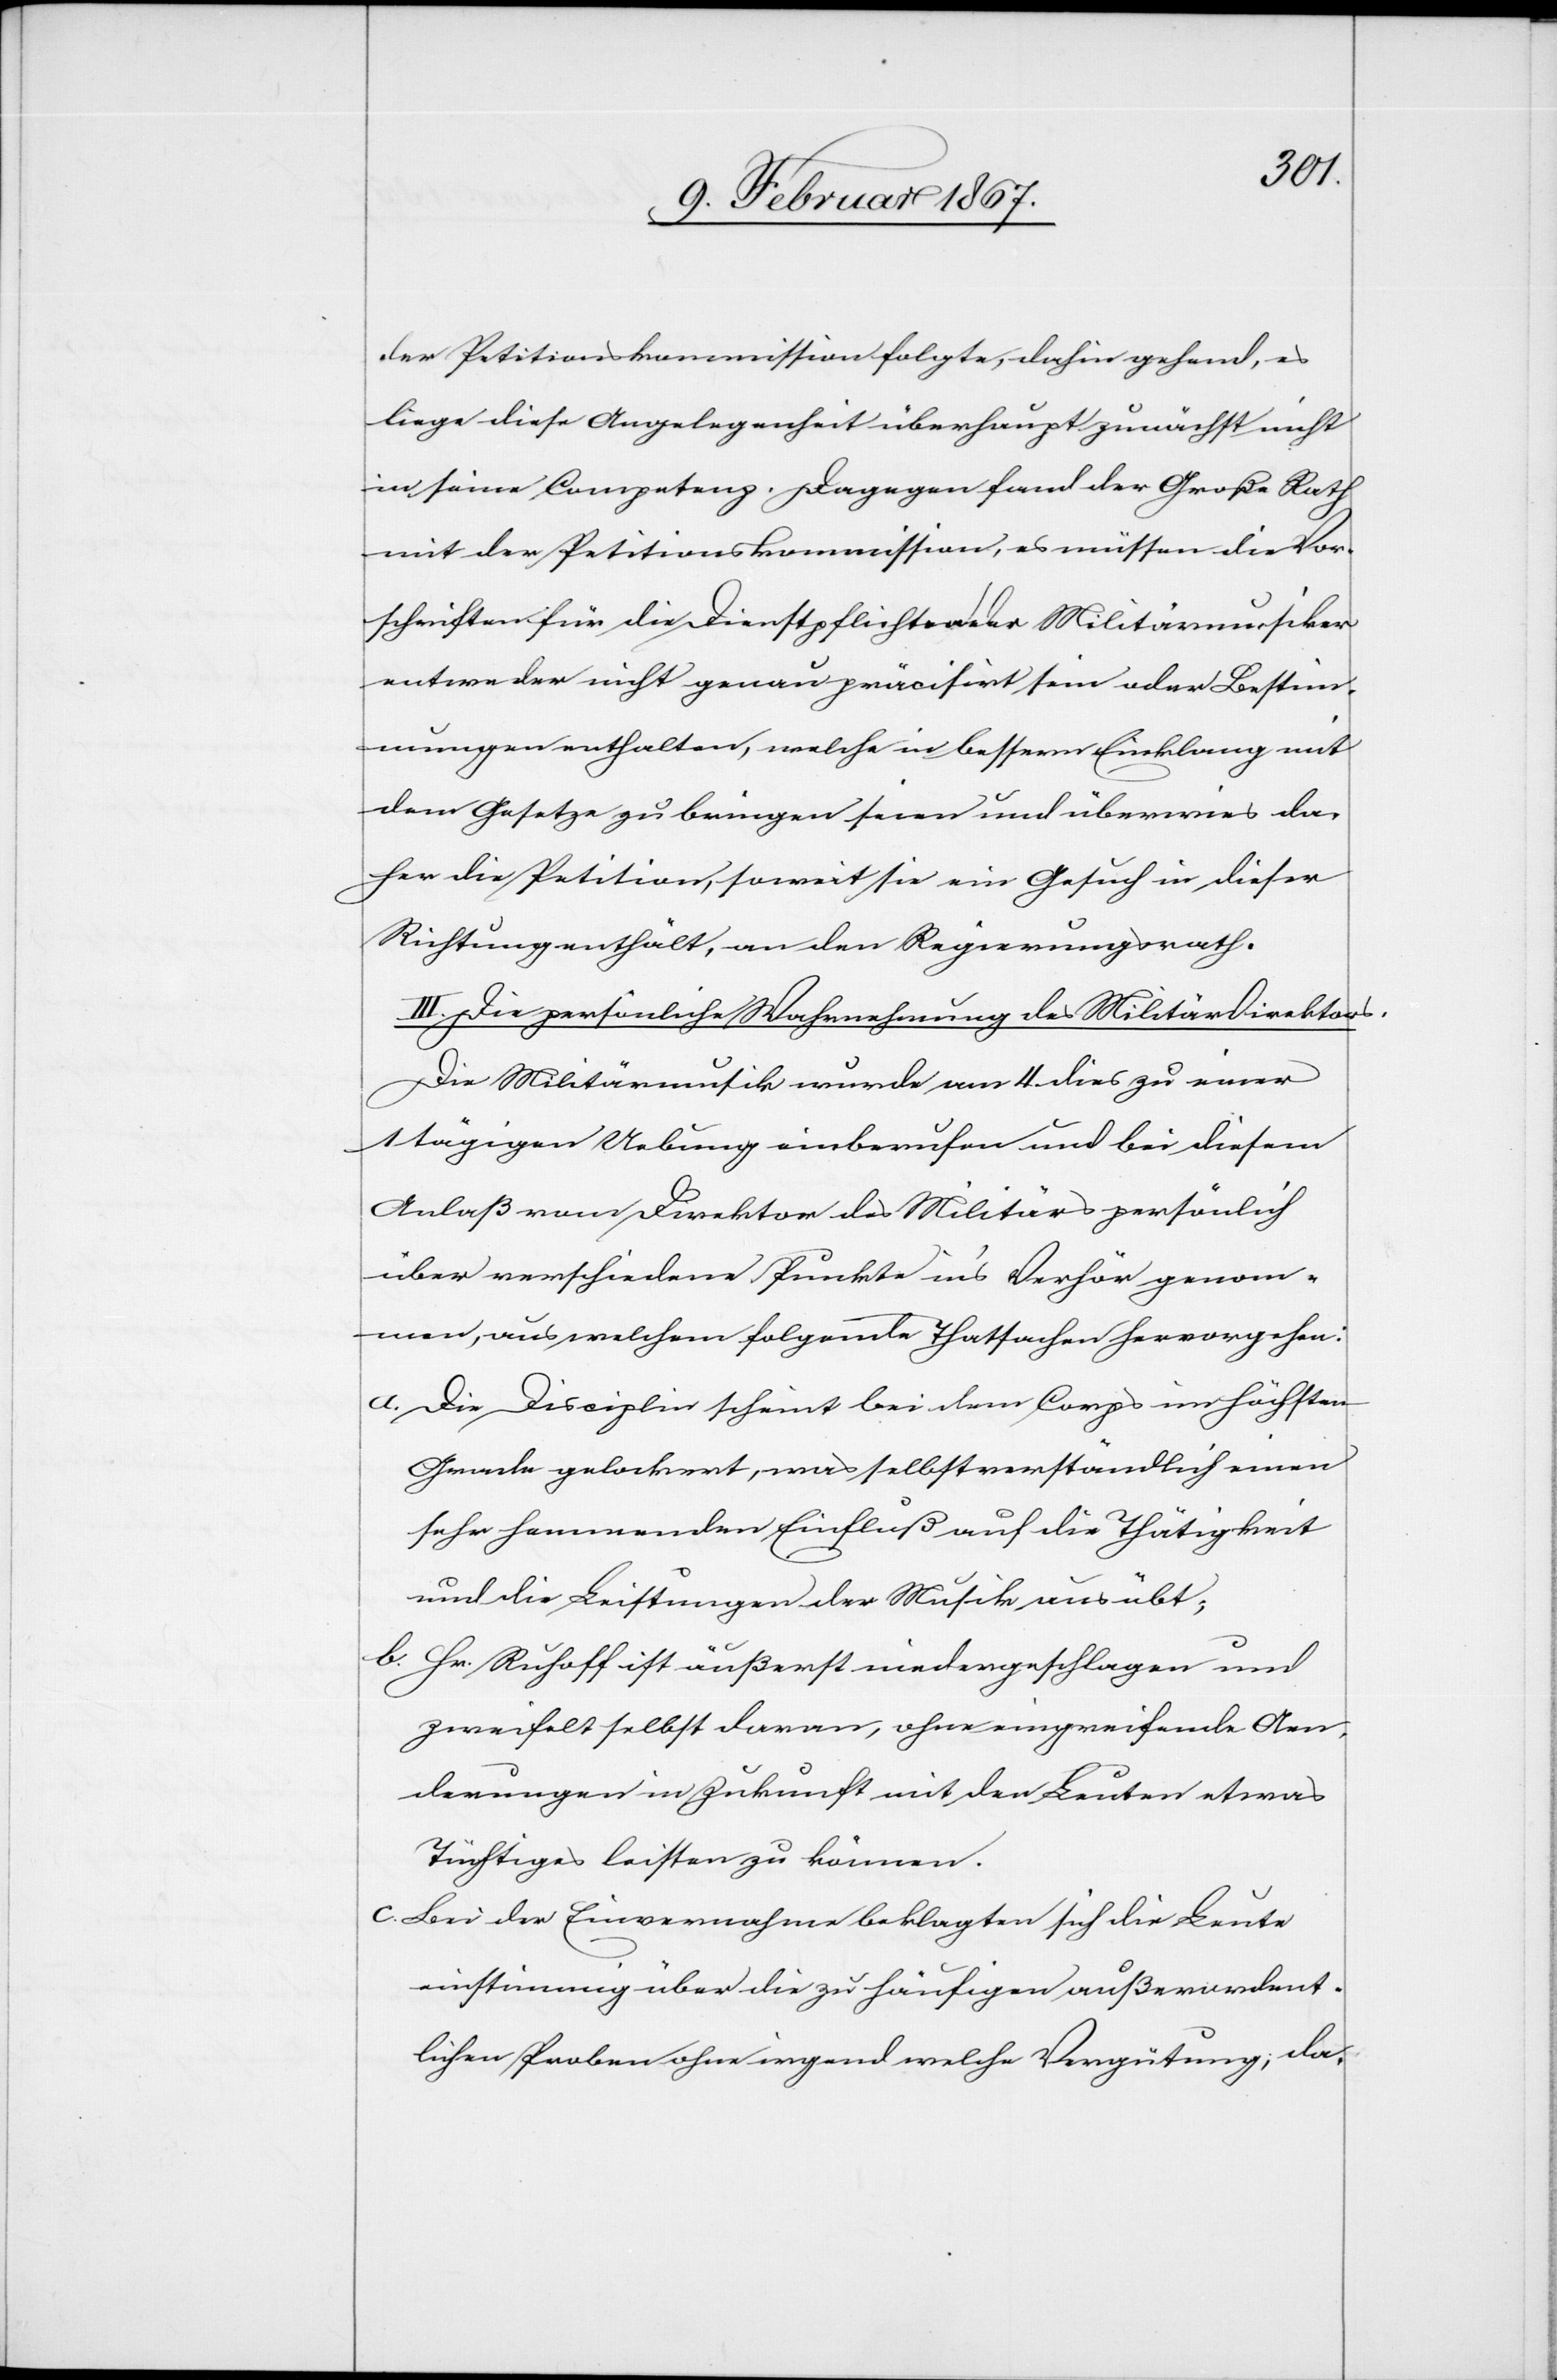
der Petitionskommission folgte, dahin gehend, es
liege diese Angelegenheit überhaupt zunächst nicht
in seine[r] Competenz. Dagegen fand der Große Rath
mit der Petitionskommission, es müssen die Vor¬
schriften für die Dienstpflichten der Militärmusiker
entweder nicht genau präcisirt sein oder Bestim¬
mungen enthalten, welche in bessrem Einklang mit
dem Gesetze zu bringen seien und überwies da¬
her die Petition, soweit sie ein Gesuch in dieser
Richtung enthält, an den Regierungsrath.
III. Die persönliche Wahrnehmung des Militär Direktors.
Die Militärmusik wurde am 4. dies zu einer
tägigen Uebung einberufen und bei diesem
Anlaß vom Direktor des Militärs persönlich
über verschiedene Punkte ins Verhör genom¬
men, aus welchem folgende Thatsachen hervorgehen:
a.	Die Disziplin scheint bei dem Corps im höchsten
Grade gelockert, was selbstverständlich einen
sehr hemmenden Einfluß auf die Thätigkeit
und die Leistungen der Musik aus übt;
b.	Hr. Ruloff ist äußerst niedergeschlagen und
zweifelt selbst daran, ohne eingreifende Aen¬
derungen in Zukunft mit den Leuten etwas
Tüchtiges leisten zu können.
c.	Bei der Einvernahme beklagten sich die Leute
einstimmig über die zu häufigen außerordent¬
lichen Proben ohne irgend welche Vergütung; da-